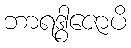
ဘာရဒွါဇောပိ